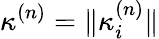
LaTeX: \kappa^{(n)}=\| \kappa_{i}^{(n)}\|